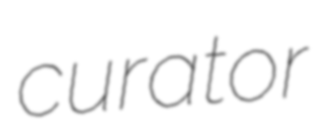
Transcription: curator